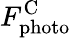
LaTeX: F_{\mathrm{photo}}^{\mathrm{C}}